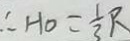
\therefore H O = \frac { 1 } { 3 } R